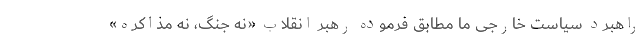
راهبرد سیاست خارجی ما مطابق فرموده رهبر انقلاب «نه جنگ، نه مذاکره»